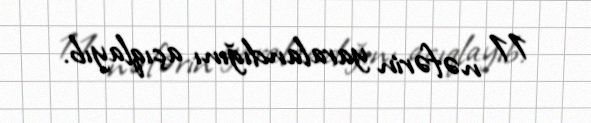
11 nəfərin yaralandığını açıqlayıb.